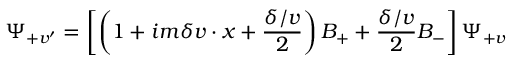
\Psi _ { + v ^ { \prime } } = \left[ \left( 1 + i m \delta v \cdot x + \frac { \delta \slash v } { 2 } \right) B _ { + } + \frac { \delta \slash v } { 2 } B _ { - } \right] \Psi _ { + v }